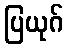
ပြယုဂ်